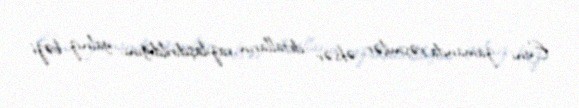
Eyni zamanda rəsmilər əksər detalların razılaşdırıldığını, yalnız bəzi